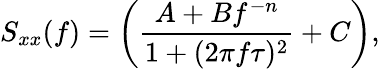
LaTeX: S_{xx}(f)=\left(\frac{A+Bf^{-n}}{1+(2\pi f\tau)^{2}}+C\right),